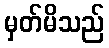
မှတ်မိသည်